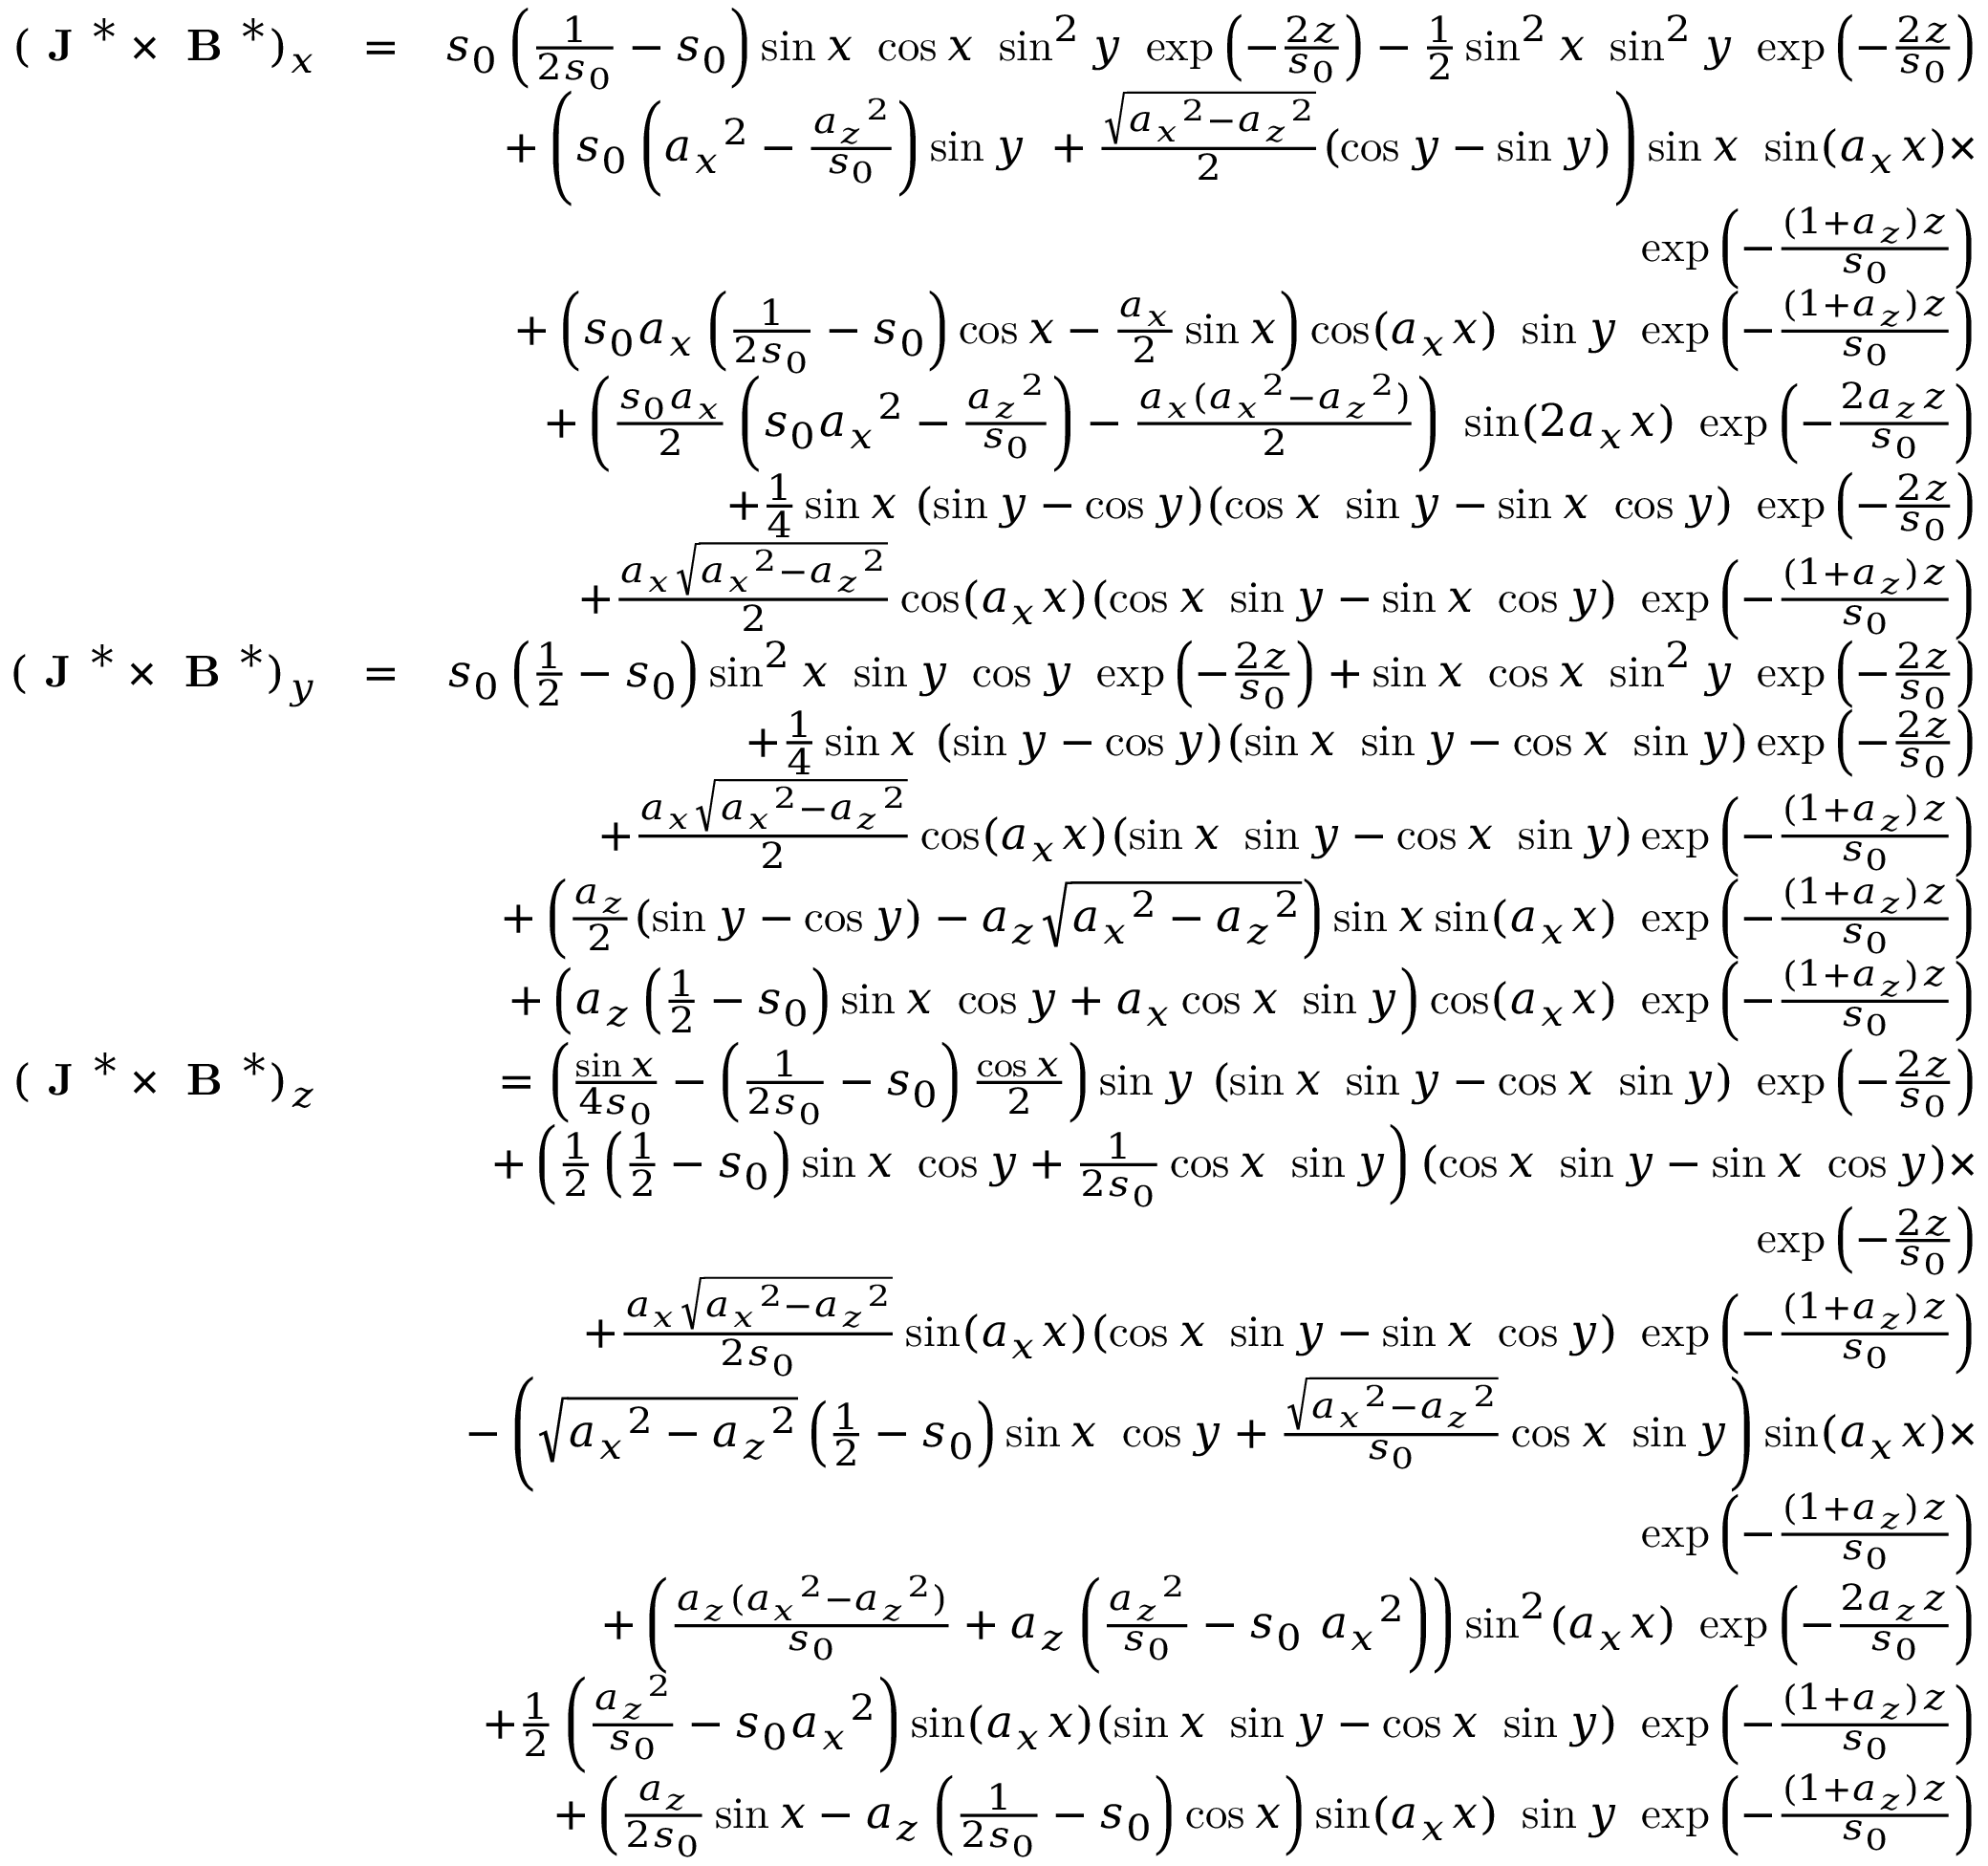
\begin{array} { r l r } { ( \textbf { J } ^ { * } \times \textbf { B } ^ { * } ) _ { x } } & { = } & { s _ { 0 } \left( \frac { 1 } { 2 s _ { 0 } } - s _ { 0 } \right) \sin x ~ \cos x ~ \sin ^ { 2 } y ~ \exp \left( - \frac { 2 z } { s _ { 0 } } \right) - \frac { 1 } { 2 } \sin ^ { 2 } x ~ \sin ^ { 2 } y ~ \exp \left( - \frac { 2 z } { s _ { 0 } } \right) } \\ & { } & { + \left( s _ { 0 } \left( { a _ { x } } ^ { 2 } - \frac { { a _ { z } } ^ { 2 } } { s _ { 0 } } \right) \sin y ~ + \frac { \sqrt { { a _ { x } } ^ { 2 } - { a _ { z } } ^ { 2 } } } { 2 } ( \cos y - \sin y ) \right) \sin x ~ \sin ( a _ { x } x ) \times } \\ & { } & { \exp \left( - \frac { ( 1 + a _ { z } ) z } { s _ { 0 } } \right) } \\ & { } & { + \left( s _ { 0 } a _ { x } \left( \frac { 1 } { 2 s _ { 0 } } - s _ { 0 } \right) \cos x - \frac { a _ { x } } { 2 } \sin x \right) \cos ( a _ { x } x ) ~ \sin y ~ \exp \left( - \frac { ( 1 + a _ { z } ) z } { s _ { 0 } } \right) } \\ & { } & { + \left( \frac { s _ { 0 } a _ { x } } { 2 } \left( s _ { 0 } { a _ { x } } ^ { 2 } - \frac { { a _ { z } } ^ { 2 } } { s _ { 0 } } \right) - \frac { a _ { x } ( { a _ { x } } ^ { 2 } - { a _ { z } } ^ { 2 } ) } { 2 } \right) ~ \sin ( 2 a _ { x } x ) ~ \exp \left( - \frac { 2 a _ { z } z } { s _ { 0 } } \right) } \\ & { } & { + \frac { 1 } { 4 } \sin x ~ ( \sin y - \cos y ) ( \cos x ~ \sin y - \sin x ~ \cos y ) ~ \exp \left( - \frac { 2 z } { s _ { 0 } } \right) } \\ & { } & { + \frac { a _ { x } \sqrt { { a _ { x } } ^ { 2 } - { a _ { z } } ^ { 2 } } } { 2 } \cos ( a _ { x } x ) ( \cos x ~ \sin y - \sin x ~ \cos y ) ~ \exp \left( - \frac { ( 1 + a _ { z } ) z } { s _ { 0 } } \right) } \\ { ( \textbf { J } ^ { * } \times \textbf { B } ^ { * } ) _ { y } } & { = } & { s _ { 0 } \left( \frac { 1 } { 2 } - s _ { 0 } \right) \sin ^ { 2 } x ~ \sin y ~ \cos y ~ \exp \left( - \frac { 2 z } { s _ { 0 } } \right) + \sin x ~ \cos x ~ \sin ^ { 2 } y ~ \exp \left( - \frac { 2 z } { s _ { 0 } } \right) } \\ & { } & { + \frac { 1 } { 4 } \sin x ~ ( \sin y - \cos y ) ( \sin x ~ \sin y - \cos x ~ \sin y ) \exp \left( - \frac { 2 z } { s _ { 0 } } \right) } \\ & { } & { + \frac { a _ { x } \sqrt { { a _ { x } } ^ { 2 } - { a _ { z } } ^ { 2 } } } { 2 } \cos ( a _ { x } x ) ( \sin x ~ \sin y - \cos x ~ \sin y ) \exp \left( - \frac { ( 1 + a _ { z } ) z } { s _ { 0 } } \right) } \\ & { } & { + \left( \frac { a _ { z } } { 2 } ( \sin y - \cos y ) - a _ { z } \sqrt { { a _ { x } } ^ { 2 } - { a _ { z } } ^ { 2 } } \right) \sin x \sin ( a _ { x } x ) ~ \exp \left( - \frac { ( 1 + a _ { z } ) z } { s _ { 0 } } \right) } \\ & { } & { + \left( a _ { z } \left( \frac { 1 } { 2 } - s _ { 0 } \right) \sin x ~ \cos y + a _ { x } \cos x ~ \sin y \right) \cos ( a _ { x } x ) ~ \exp \left( - \frac { ( 1 + a _ { z } ) z } { s _ { 0 } } \right) } \\ { ( \textbf { J } ^ { * } \times \textbf { B } ^ { * } ) _ { z } } & { } & { = \left( \frac { \sin x } { 4 s _ { 0 } } - \left( \frac { 1 } { 2 s _ { 0 } } - s _ { 0 } \right) \frac { \cos x } { 2 } \right) \sin y ~ ( \sin x ~ \sin y - \cos x ~ \sin y ) ~ \exp \left( - \frac { 2 z } { s _ { 0 } } \right) } \\ & { } & { + \left( \frac { 1 } { 2 } \left( \frac { 1 } { 2 } - s _ { 0 } \right) \sin x ~ \cos y + \frac { 1 } { 2 s _ { 0 } } \cos x ~ \sin y \right) ( \cos x ~ \sin y - \sin x ~ \cos y ) \times } \\ & { } & { \exp \left( - \frac { 2 z } { s _ { 0 } } \right) } \\ & { } & { + \frac { a _ { x } \sqrt { { a _ { x } } ^ { 2 } - { a _ { z } } ^ { 2 } } } { 2 s _ { 0 } } \sin ( a _ { x } x ) ( \cos x ~ \sin y - \sin x ~ \cos y ) ~ \exp \left( - \frac { ( 1 + a _ { z } ) z } { s _ { 0 } } \right) } \\ & { } & { - \left( \sqrt { { a _ { x } } ^ { 2 } - { a _ { z } } ^ { 2 } } \left( \frac { 1 } { 2 } - s _ { 0 } \right) \sin x ~ \cos y + \frac { \sqrt { { a _ { x } } ^ { 2 } - { a _ { z } } ^ { 2 } } } { s _ { 0 } } \cos x ~ \sin y \right) \sin ( a _ { x } x ) \times } \\ & { } & { \exp \left( - \frac { ( 1 + a _ { z } ) z } { s _ { 0 } } \right) } \\ & { } & { + \left( \frac { a _ { z } ( { a _ { x } } ^ { 2 } - { a _ { z } } ^ { 2 } ) } { s _ { 0 } } + a _ { z } \left( \frac { { a _ { z } } ^ { 2 } } { s _ { 0 } } - s _ { 0 } ~ { a _ { x } } ^ { 2 } \right) \right) \sin ^ { 2 } ( a _ { x } x ) ~ \exp \left( - \frac { 2 a _ { z } z } { s _ { 0 } } \right) } \\ & { } & { + \frac { 1 } { 2 } \left( \frac { { a _ { z } } ^ { 2 } } { s _ { 0 } } - s _ { 0 } { a _ { x } } ^ { 2 } \right) \sin ( a _ { x } x ) ( \sin x ~ \sin y - \cos x ~ \sin y ) ~ \exp \left( - \frac { ( 1 + a _ { z } ) z } { s _ { 0 } } \right) } \\ & { } & { + \left( \frac { a _ { z } } { 2 s _ { 0 } } \sin x - a _ { z } \left( \frac { 1 } { 2 s _ { 0 } } - s _ { 0 } \right) \cos x \right) \sin ( a _ { x } x ) ~ \sin y ~ \exp \left( - \frac { ( 1 + a _ { z } ) z } { s _ { 0 } } \right) } \end{array}